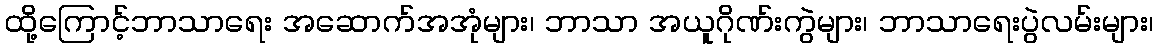
ထို့ကြောင့်ဘာသာရေး အဆောက်အအုံများ၊ ဘာသာ အယူဂိုဏ်းကွဲများ၊ ဘာသာရေးပွဲလမ်းများ၊